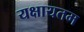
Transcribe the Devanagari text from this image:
यक्षायतम